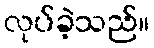
လုပ်ခဲ့သည်။